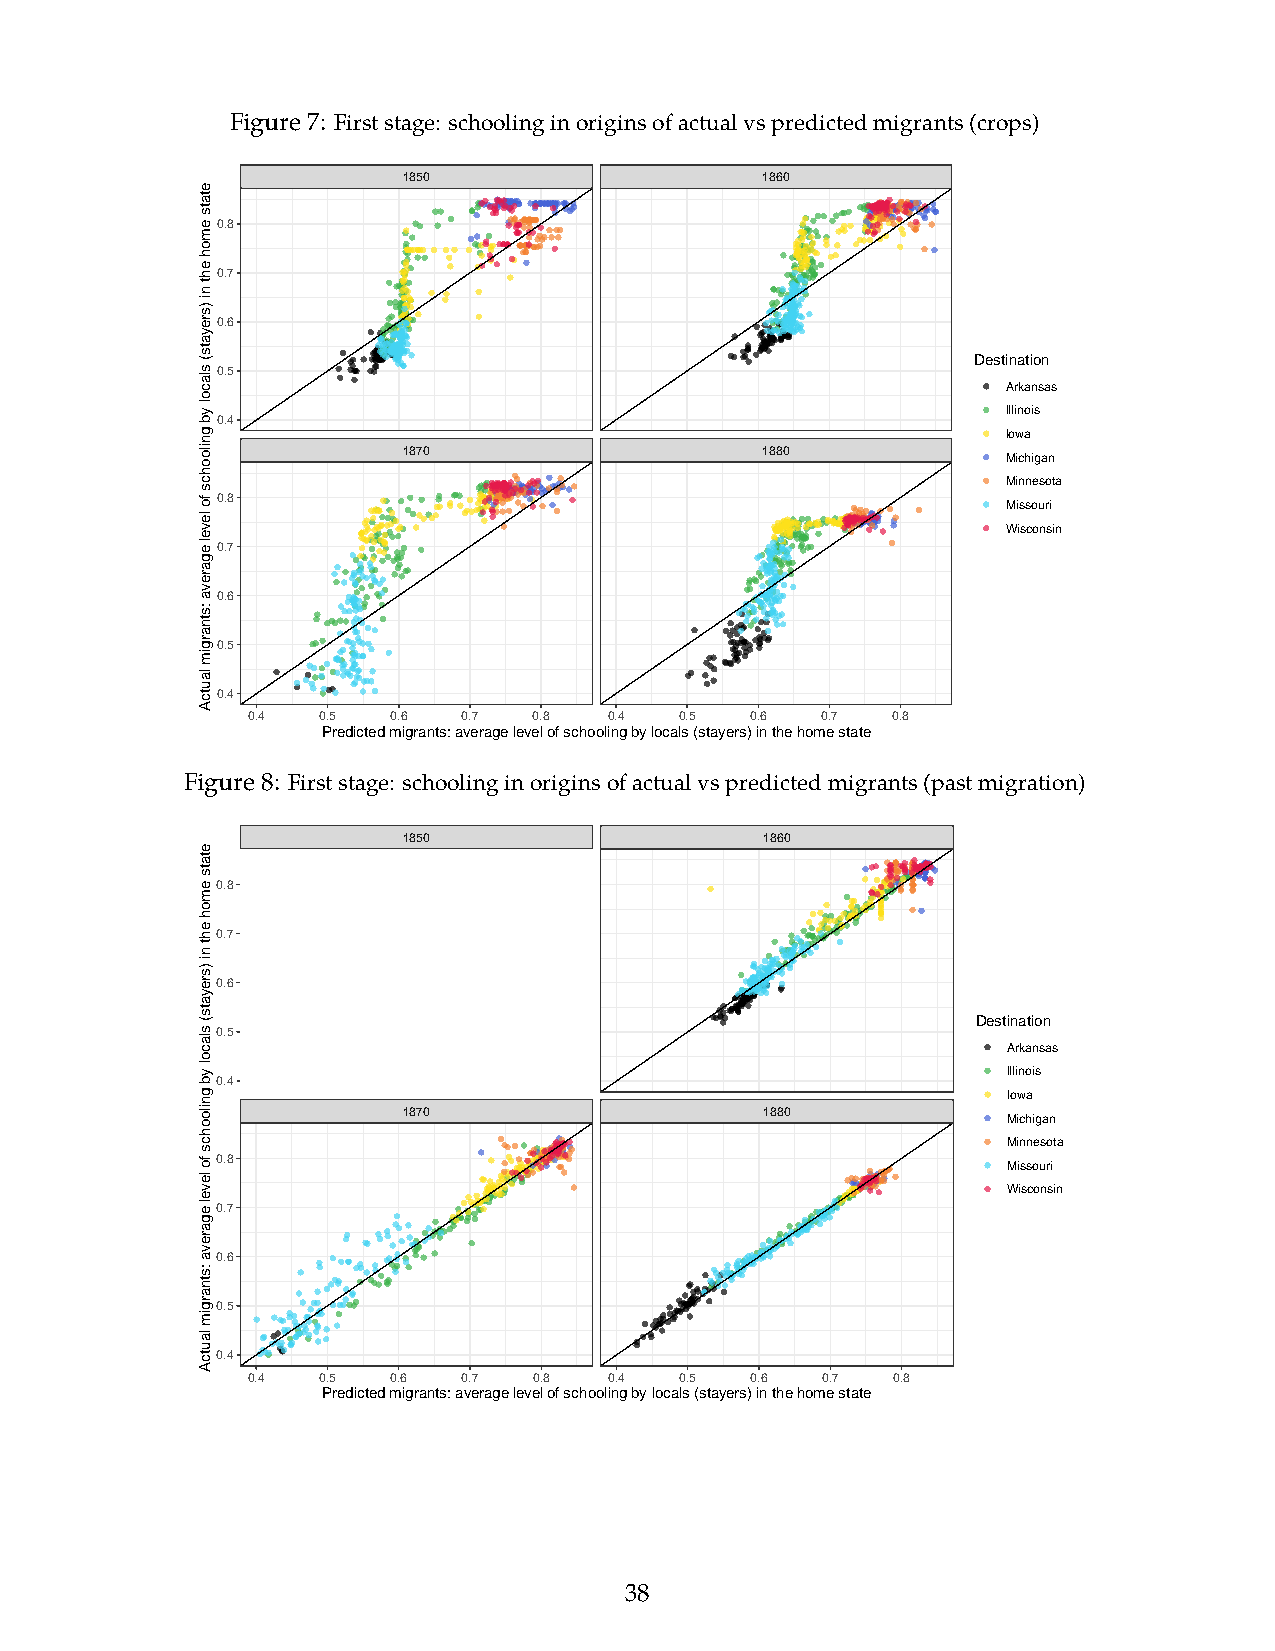
Figure7: Firststage: schoolinginoriginsofactualvspredictedmigrants(crops)
 1850                   1860
 0.8
 0.7
 0.6
 Destination
 0.5
 Arkansas
 Illinois
 0.4
 Iowa
 1870                   1880
 Michigan
 Minnesota
 0.8                                                  Missouri
 Wisconsin
 0.7
 0.6
 0.5
 0.4
 0.4  0.5  0.6  0.7 0.8  0.4  0.5  0.6 0.7  0.8
 Predicted migrants: average level of schooling by locals (stayers) in the home state
 Figure8: Firststage: schoolinginoriginsofactualvspredictedmigrants(pastmigration)
 1850                    1860
 0.8
 0.7
 0.6
 Destination
 0.5
 Arkansas
 Illinois
 0.4
 Iowa
 1870                    1880
 Michigan
 Minnesota
 0.8                                                  Missouri
 Wisconsin
 0.7
 0.6
 0.5
 0.4
 0.4  0.5  0.6  0.7 0.8  0.4  0.5  0.6 0.7  0.8
 Predicted migrants: average level of schooling by locals (stayers) in the home state
 38
 etats
 emoh
 eht
 ni
 )sreyats(
 slacol
 yb
 gniloohcs
 fo
 level
 egareva
 :stnargim
 lautcA
 etats
 emoh
 eht
 ni
 )sreyats(
 slacol
 yb
 gniloohcs
 fo
 level
 egareva
 :stnargim
 lautcA